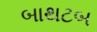
બાથટબ